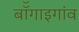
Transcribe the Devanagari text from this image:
बॉँगाइगांव